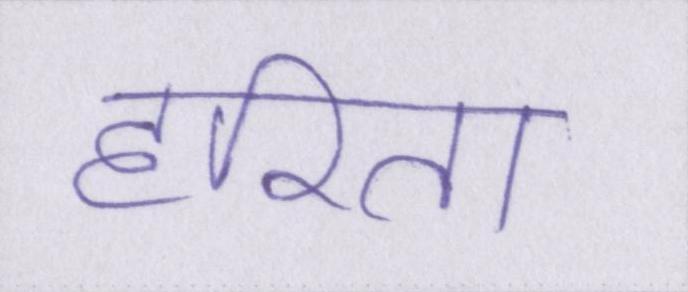
हरिता